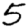
Digit: 5